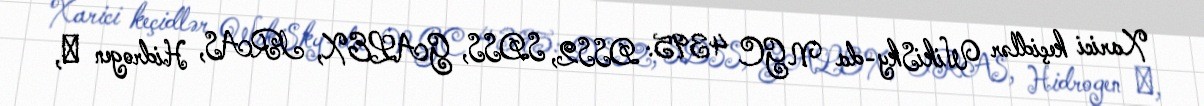
Xarici keçidlər WikiSky-da NGC 4395: DSS2, SDSS, GALEX, IRAS, Hidrogen α,